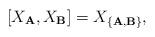
LaTeX: \begin{align*}[X_{\bf A}, X_{\bf B}] = X_{\{{\bf A}, {\bf B}\}},\end{align*}